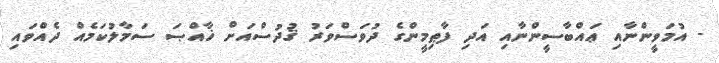
- އުމަވީންނާއި ޢައްބާސީންނާއި އަދި ފާޠިމީންގެ ދުވަސްވަރު ޤުދުސްއަށް ޚާއްޞަ ސަމާލުކަމެއް ދެއްވައި